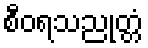
စီဝရသညုတ္တံ